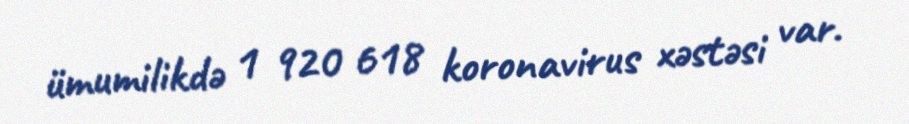
ümumilikdə 1 920 618 koronavirus xəstəsi var.